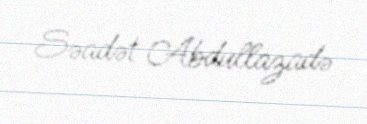
Səadət Abdullazadə